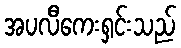
အပလီကေးရှင်းသည်